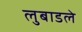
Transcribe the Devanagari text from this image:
लुबाडले